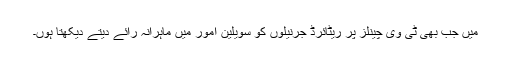
میں جب بھی ٹی وی چینلز پر ریٹائرڈ جرنیلوں کو سویلین امور میں ماہرانہ رائے دیتے دیکھتا ہوں۔